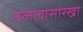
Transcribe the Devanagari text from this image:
तलावांसारखा